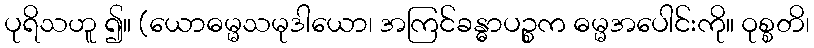
ပုရိသဟူ ၍။ (ယောဓမ္မသမုဒါယော၊ အကြင်ခန္ဓာပဉ္စက ဓမ္မအပေါင်းကို။ ဝုစ္စတိ၊